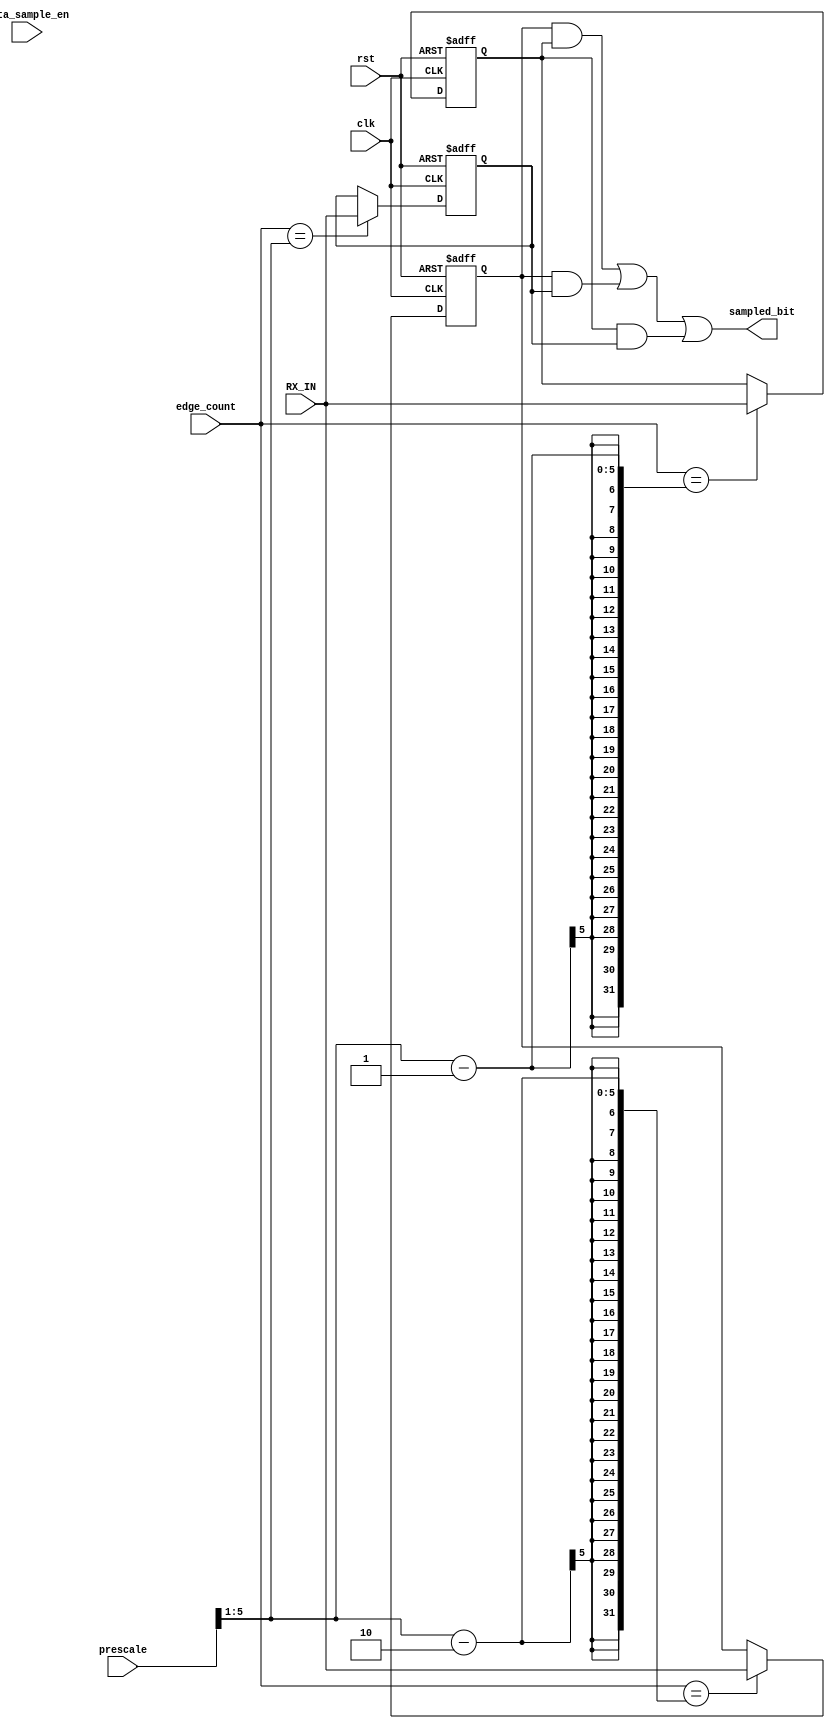
module Data_sampling (

input	wire			clk,	
input	wire			rst,
input	wire	[5:0]		prescale,
input	wire			RX_IN,
input	wire			data_sample_en,
input	wire	[5:0]		edge_count,
output	wire			sampled_bit

);

   
    reg sample1, sample2, sample3;
    reg sample1_comb, sample2_comb, sample3_comb;
    
    // Samples sequential logic
    always@(posedge clk or negedge rst)
    begin
        if (!rst)
        begin
            sample1 <= 1'b0;
            sample2 <= 1'b0;
            sample3 <= 1'b0;
        end
        else
        begin
            sample1 <= sample1_comb;
            sample2 <= sample2_comb;
            sample3 <= sample3_comb;
        end
    end
    
    // Sample 1 combinational logic
    always@(*)
    begin
        
        if (edge_count == ((prescale >> 1) - 'd2))
        begin
            sample1_comb = RX_IN;
        end
        else
        begin
            sample1_comb = sample1;
        end
    end
    
    // Sample 2 combinational logic
    always@(*)
    begin
      
        if (edge_count == (prescale >> 1) - 'd1)
        begin
            sample2_comb = RX_IN;
        end
        else
        begin
            sample2_comb = sample2;
        end
    end
    
    // Sample 3 combinational logic
    always@(*)
    begin
       
        if (edge_count == (prescale >> 1))
        begin
            sample3_comb = RX_IN;
        end
        else
        begin
            sample3_comb = sample3;
        end
    end
    
    
     
    assign sampled_bit = (sample1 & sample2) | (sample1 & sample3) | (sample2 & sample3);
    
endmodule